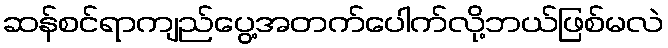
ဆန်စင်ရာကျည်ပွေ့အတက်ပေါက်လို့ဘယ်ဖြစ်မလဲ